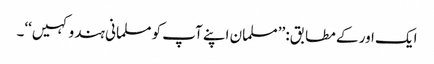
ایک اور کے مطابق: ’’مسلمان اپنے آپ کو مسلمانی ہندو کہیں‘‘۔